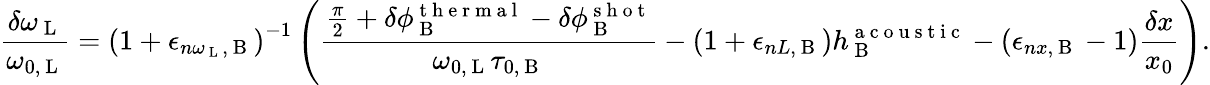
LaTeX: \frac{\delta\omega_{\mathrm{~L~}}}{\omega_{0,\mathrm{~L~}}}=\left(1+\epsilon_{n\omega_{\mathrm{~L~}},\mathrm{~B~}}\right)^{-1}\left(\frac{\frac{\pi}{2}+\delta\phi_{\mathrm{~B~}}^{\mathrm{~t~h~e~r~m~a~l~}}-\delta\phi_{\mathrm{~B~}}^{\mathrm{~s~h~o~t~}}}{\omega_{0,\mathrm{~L~}}\tau_{0,\mathrm{~B~}}}-\left(1+\epsilon_{nL,\mathrm{~B~}}\right)h_{\mathrm{~B~}}^{\mathrm{~a~c~o~u~s~t~i~c~}}-\left(\epsilon_{nx,\mathrm{~B~}}-1\right)\frac{\delta x}{x_{0}}\right).